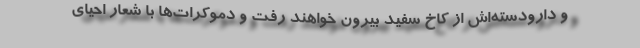
و دارودسته‌اش از کاخ سفید بیرون خواهند رفت و دموکرات‌ها با شعار احیای